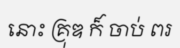
នោះ គ្រុឌ ក៏ ចាប់ ពរ